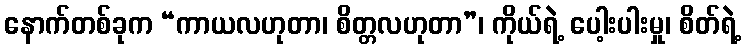
နောက်တစ်ခုက “ကာယလဟုတာ၊ စိတ္တလဟုတာ”၊ ကိုယ်ရဲ့ ပေါ့းပါးမှု၊ စိတ်ရဲ့